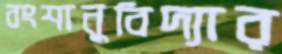
বংশানুবিদ্যার